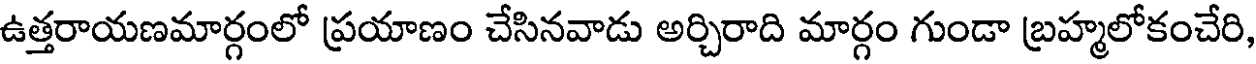
ఉత్తరాయణమార్గంలో ప్రయాణం చేసినవాడు అర్చిరాది మార్గం గుండా బ్రహ్మలోకంచేరి,